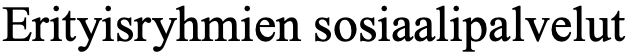
Erityisryhmien sosiaalipalvelut